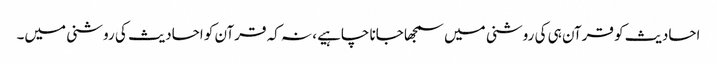
احادیث کو قرآن ہی کی روشنی میں سمجھا جانا چاہیے، نہ کہ قرآن کو احادیث کی روشنی میں۔